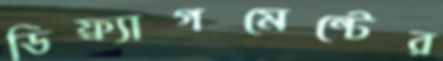
ডিফ্র্যাগমেন্টের